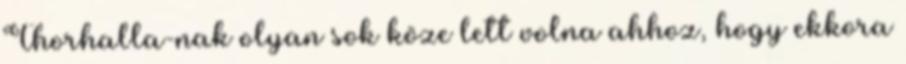
Thorhalla-nak olyan sok köze lett volna ahhoz, hogy ekkora